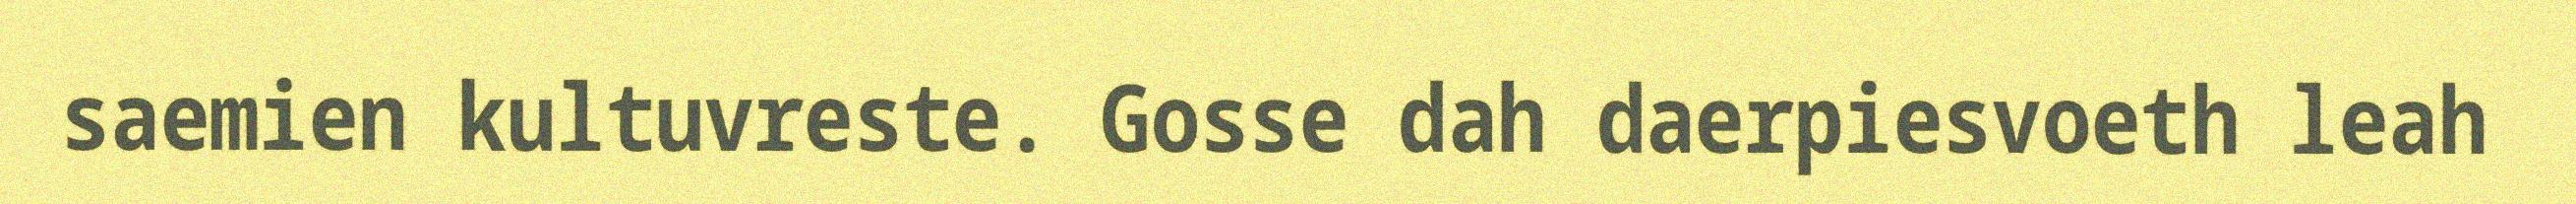
saemien kultuvreste. Gosse dah daerpiesvoeth leah